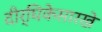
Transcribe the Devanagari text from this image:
दीर्घिकेसारखे